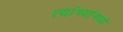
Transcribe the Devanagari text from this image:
त्यांच्यांमध्ये